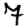
Digit: 7